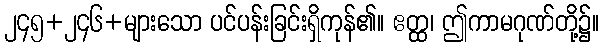
၂၄၅+၂၄၆+များသော ပင်ပန်းခြင်းရှိကုန်၏။ ဧတ္ထ၊ ဤကာမဂုဏ်တို့၌။